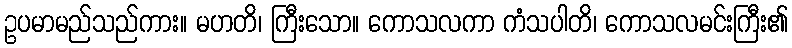
ဥပမာမည်သည်ကား။ မဟတိ၊ ကြီးသော။ ကောသလကာ ကံသပါတိ၊ ကောသလမင်းကြီး၏